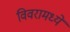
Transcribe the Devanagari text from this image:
विवरामध्ये